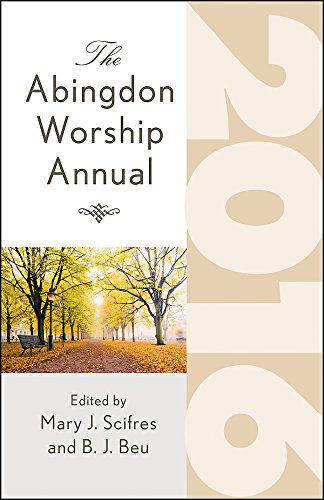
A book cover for The Abingdon Worship Annual 2016; Christian Books & Bibles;